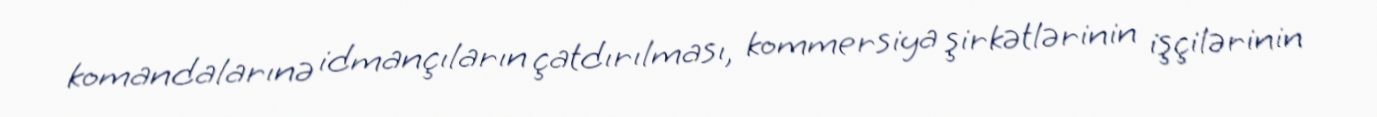
komandalarınə idmançıların çatdırılması, kommersiya şirkətlərinin işçilərinin